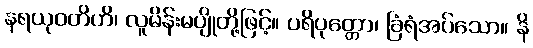
နရယုဝတိဟိ၊ လူမိန်းမပျိုတို့ဖြင့်။ ပရိပုတ္တော၊ ခြံရံအပ်သော။ နိ